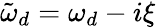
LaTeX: \tilde{\omega}_{d}=\omega_{d}-i\xi